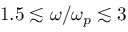
1 . 5 \lesssim \omega / \omega _ { p } \lesssim 3